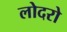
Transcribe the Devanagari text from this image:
लोदरो